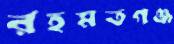
রহমতগঞ্জ